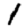
Digit: 1